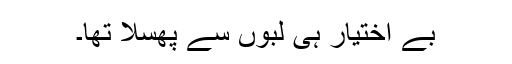
بے اختیار ہی لبوں سے پھسلا تھا۔